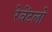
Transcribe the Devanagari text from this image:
रेवेंटलो